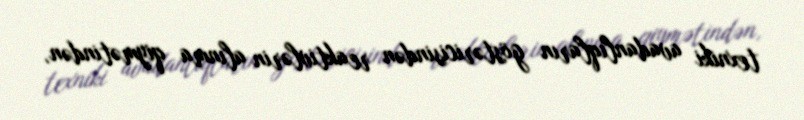
texniki avadanlıqların göstəricisindən reaktivlərin alınma qiymətindən,